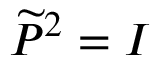
\widetilde { P } ^ { 2 } = I